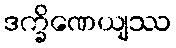
ဒက္ခိဏေယျဿ